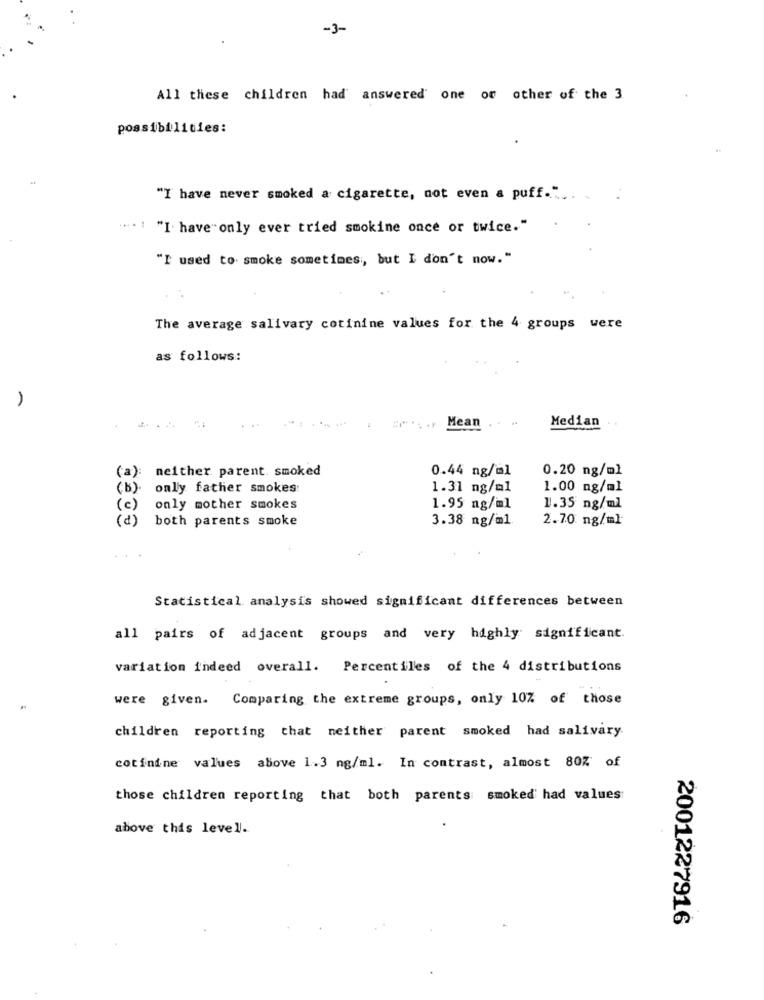
-3-
All these children had answered' one or other of the 3
possibilities:
"I have never smoked a cigarette, not even a puff." ..
"I have"only ever tried smokine once or twice."
"I used to smoke sometimes, but I don't now."
The average salivary cotinine values for the 4 groups were
as follows:
-
Mean
...
Median
neither parent. smoked
0.44 ng/ml
0.20 ng/ml
(a):
( b ).
only father smokes
1.31 ng/ml
1.00 ng/ml
( c )
only mother smokes
1.95 ng/ml
1.35 ng/ml
( d)
both parents smoke
3.38 ng/ml
2.70 ng/ml
Statistical analysis showed significant differences between
all pairs of adjacent groups and very highly significant.
variation i'ndeed overall. Percentiles of the 4 distributions
were given. Comparing the extreme groups, only 10% of those
children reporting that neither parent smoked had salivary
cotinine values above 1.3 ng/ml. In contrast, almost 80% of
those children reporting that both parents smoked had values
above this level.
2001227916